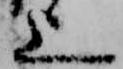
上